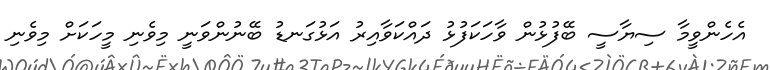
އެހެންވީމާ ސިޔާސީ ބޭފުޅުން ވާހަކަފުޅު ދައްކަވާއިރު އަޅުގަނޑު ބޭނުންވަނީ މިވެނި މީހަކަށް މިވެނި